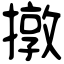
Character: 撴